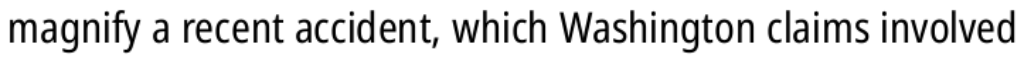
magnify a recent accident, which Washington claims involved